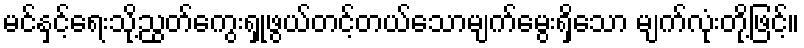
မင်နှင့်ရေးသို့ညွတ်ကွေးရှုဖွယ်တင့်တယ်သောမျက်မွေးရှိသော မျက်လုံးတို့ဖြင့်။